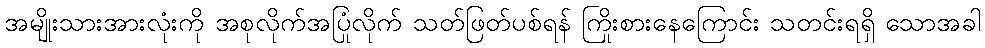
အမျိုးသားအားလုံးကို အစုလိုက်အပြုံလိုက် သတ်ဖြတ်ပစ်ရန် ကြိုးစားနေကြောင်း သတင်းရရှိ သောအခါ